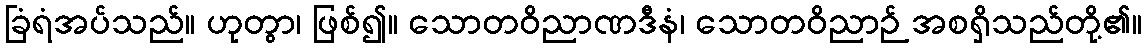
ခြံရံအပ်သည်။ ဟုတွာ၊ ဖြစ်၍။ သောတဝိညာဏဒီနံ၊ သောတဝိညာဉ် အစရှိသည်တို့၏။